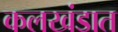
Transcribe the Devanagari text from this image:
कलखंडात